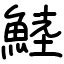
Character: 鯥